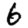
Digit: 6